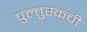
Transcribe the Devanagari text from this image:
पुल्तुस्कची